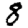
Digit: 8